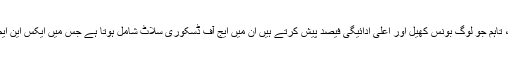
بہت ساری قسم کے سلاٹ گیمز موجود ہیں جن کا سویڈن کے کھلاڑی کھیل سے لطف اندوز ہوتے ہیں ، تاہم جو لوگ بونس کھیل اور اعلی ادائیگی فیصد پیش کرتے ہیں ان میں ایج آف ڈسکوری سلاٹ شامل ہوتا ہے جس میں ایکس این ایم ایم ایکس pay کی ادائیگی فیصد ہوتی ہے ، زومبی لینڈ سلاٹ میں ایلیکس جس میں آر ٹی پی ہوتا ہے۔